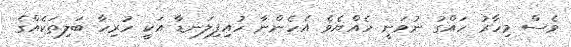
ވެސް މިހާރު ހައްގު ނުވަނީ ހެއްޔެވެ އެހެންނާ ހުއިފިލަނޑާ އަކީ ހުރިހާ ބަލިތަކެއްގެ